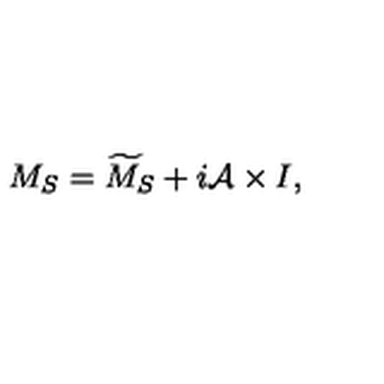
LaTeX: M _ { S } = \widetilde { M } _ { S } + i { \cal A } \times I ,